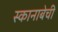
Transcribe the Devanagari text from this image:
स्कानाबेची